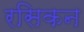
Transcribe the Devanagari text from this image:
रसिकन